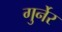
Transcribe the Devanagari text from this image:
गुर्नेर